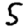
Digit: 5